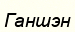
Ганшэн